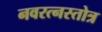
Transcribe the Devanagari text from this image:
नवरत्नस्तोत्र